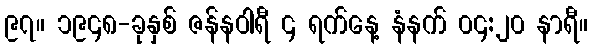
၉၇။ ၁၉၄၈-ခုနှစ် ဇန်နဝါရီ ၄ ရက်နေ့ နံနက် ၀၄:၂၀ နာရီ။